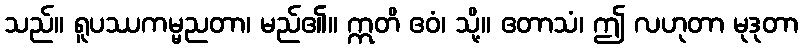
သည်။ ရူပဿကမ္မညတာ၊ မည်၏။ ဣတိ ဧဝံ၊ သို့။ ဧတာသံ၊ ဤ လဟုတာ မုဒုတာ